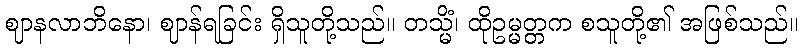
ဈာနလာဘိနော၊ ဈာန်ရခြင်း ရှိသူတို့သည်။ တသ္မိံ၊ ထိုဥမ္မတ္တက စသူတို့၏ အဖြစ်သည်။